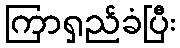
ကြာရှည်ခံပြီး